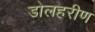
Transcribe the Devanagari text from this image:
डोलहरीण